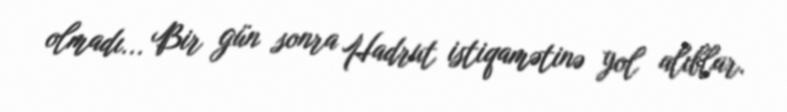
olmadı... Bir gün sonra Hadrut istiqamətinə yol alıblar.